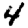
Digit: 4